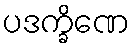
ပဒက္ခိဏေ